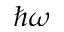
\hbar \omega